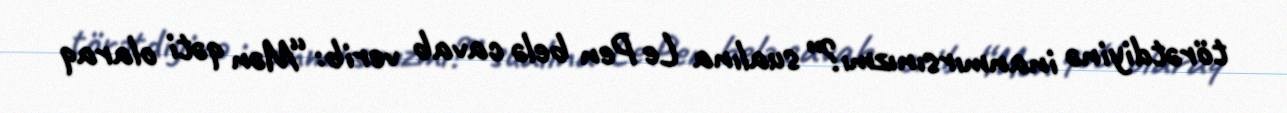
törətdiyinə inanmırsınızmı?” sualına Le Pen belə cavab verib: “Mən qəti olaraq